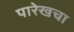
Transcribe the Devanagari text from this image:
पारेखचा